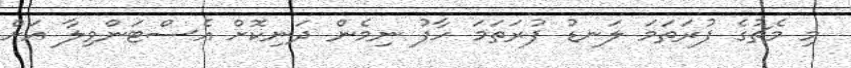
މި މެޗުގެ ފުރަތަމަ ލަނޑު ފުރަތަމަ ހާފު ނިމެން ދަނިކޮށް އެސްޓަންވިލާ އަށް